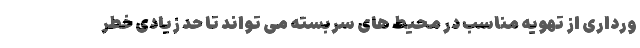
ورداری از تهویه مناسب در محیط های سربسته می تواند تا حد زیادی خطر